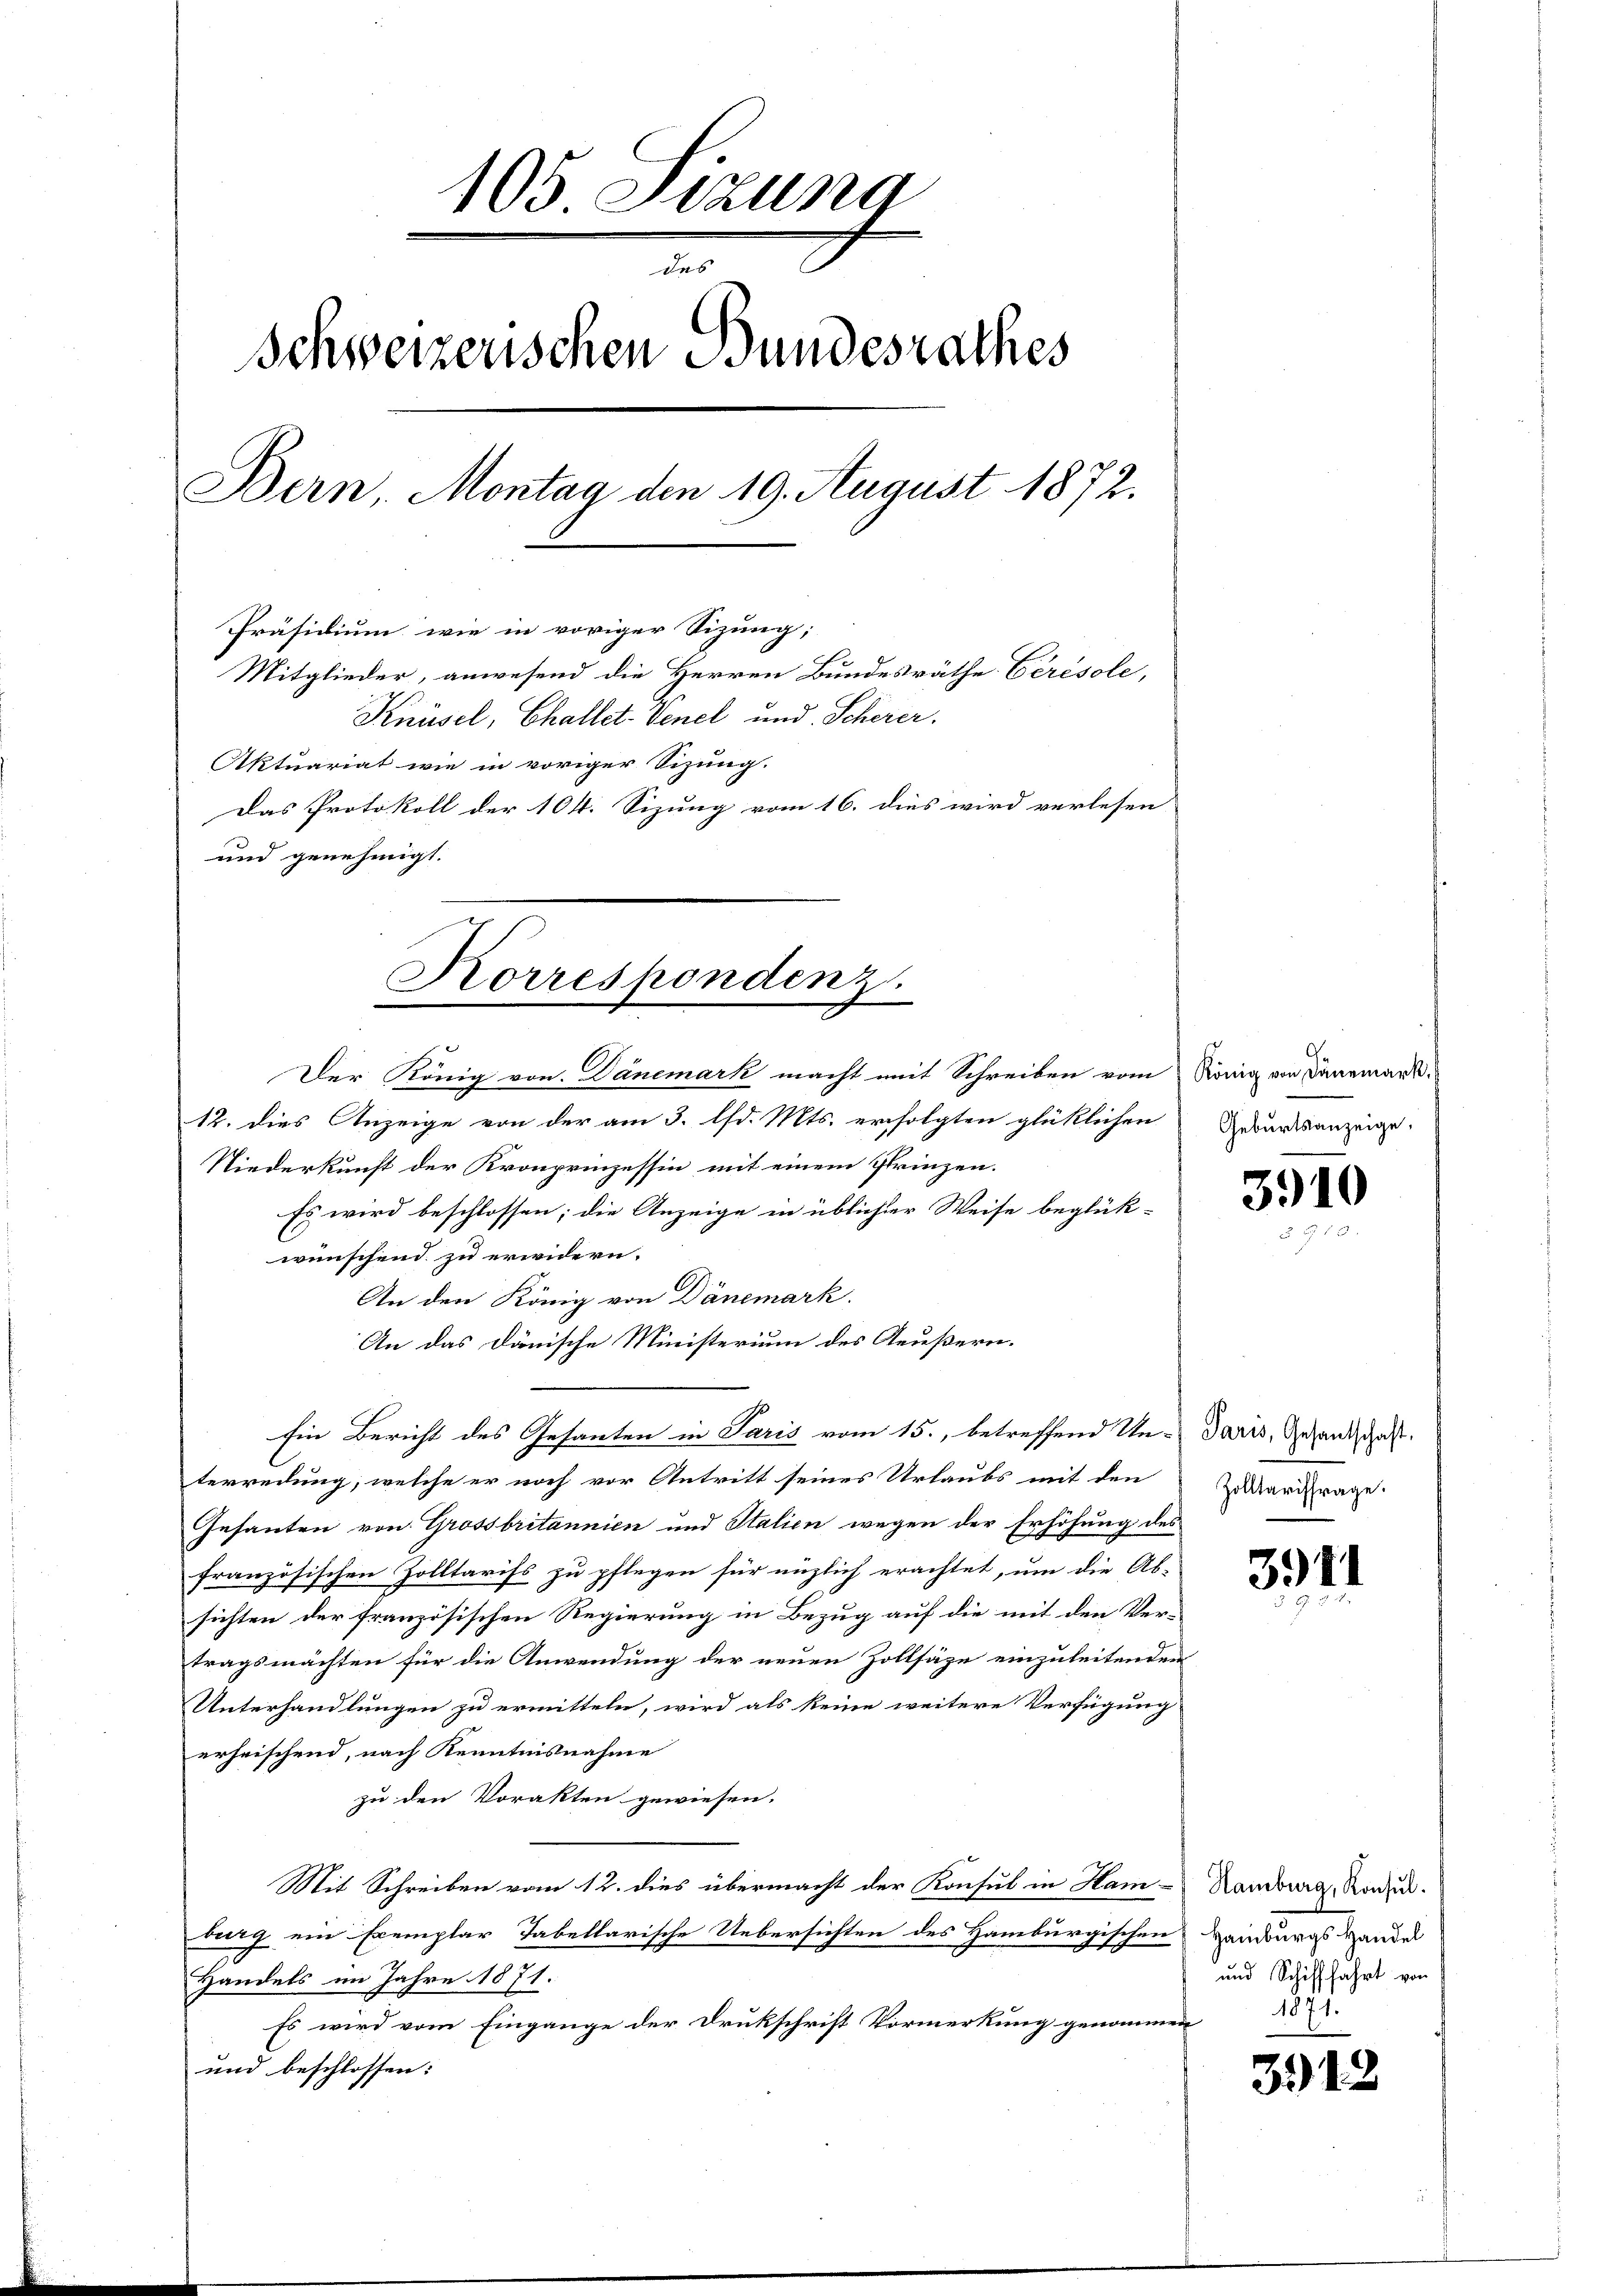
105 Sitzung
des
Schweizerischen Bundesrathes
Bern, Montag den 19. August 1872.
Präsidium wie in voriger Sizung;
Mitglieder, anwesend die Herren Bundesräthe Cérésole,
Knüsel, Challet. Venel und Scherer.
Aktuariat wie in voriger Sizung.
Das Protokoll der 104. Sizung vom 16. dies wird verlesen
und genehmigt.

Korrespondenz.

Der König von Danemark macht mit Schreiben vom König von Dänemark
12. dies Anzeige von der am 3. lfd. Mts. erfolgten glücklichen Geburtsanzeige,
Niederkunft der Kronprinzessin mit einem Prinzen.
Es wird beschlossen; die Anzeige in üblicher Weise beglük-
wünschend zu erwidern.
An den König von Dänemark
An das Dänische Ministerium des Aeußern.
Ein Bericht des Gesanten in Paris vom 15., betreffend Un-Daris, Gesandschaft.
terredung, welche er noch vor Antritt seines Urlaubs mit den
Gesanten von Grossbritannien und Italien wegen der Erhöhung des
französischen Zolltarifs zu pflegen für nüzlich erachtet, um die Ab-
sichten der französischen Regierung in Bezug auf die mit den Vertragsmachten für die Anwendung der neuen Zollsäze einzuleitenden
Unterhandlungen zu ermitteln, wird als keine weitere Verfügung
erheischend, nach Kenntnisnahme
zu den Vorakten gewiesen.
Mit Schreiben vom 12. dies übermacht der Konsul in Ham-Kamburg, Konzed
burg ein Exemplar Tabellarische Uebersichten des Hamburgischen Hainburgs Handels
Handels im Jahre 1871.
Es wird vom Eingange der Drukschrift Vormerkung genommen
und beschlossen:

3910

Zolltariffrage.

341

und Schifffahrt von
21.

3912